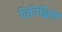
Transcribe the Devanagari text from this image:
विनिश्चियों